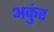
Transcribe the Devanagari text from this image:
अकुंर